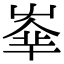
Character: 𡴟